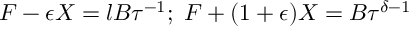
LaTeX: F - \epsilon X = l B \tau ^ { - 1 } ; \; F + ( 1 + \epsilon ) X = B \tau ^ { \delta - 1 }